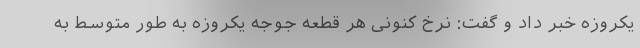
یکروزه خبر داد و گفت: نرخ کنونی هر قطعه جوجه یکروزه به طور متوسط به